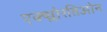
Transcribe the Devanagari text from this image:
एक्ष्प्लोरतिओन